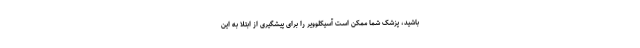
باشید، پزشک شما ممکن است آسیکلوویر را برای پیشگیری از ابتلا به این